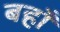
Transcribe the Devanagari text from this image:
बहाँ